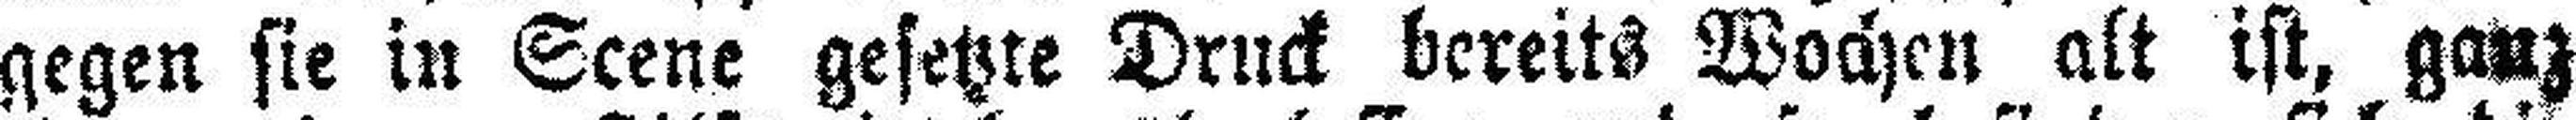
gegen sie in Scene gesetzte Druck bereits Wochen alt ist, ganz